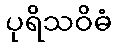
ပုရိသဝိဓံ